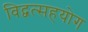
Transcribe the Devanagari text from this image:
विद्वत्सहयोग